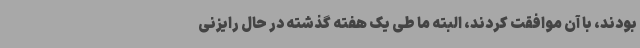
بودند، با آن موافقت کردند، البته ما طی یک هفته گذشته در حال رایزنی